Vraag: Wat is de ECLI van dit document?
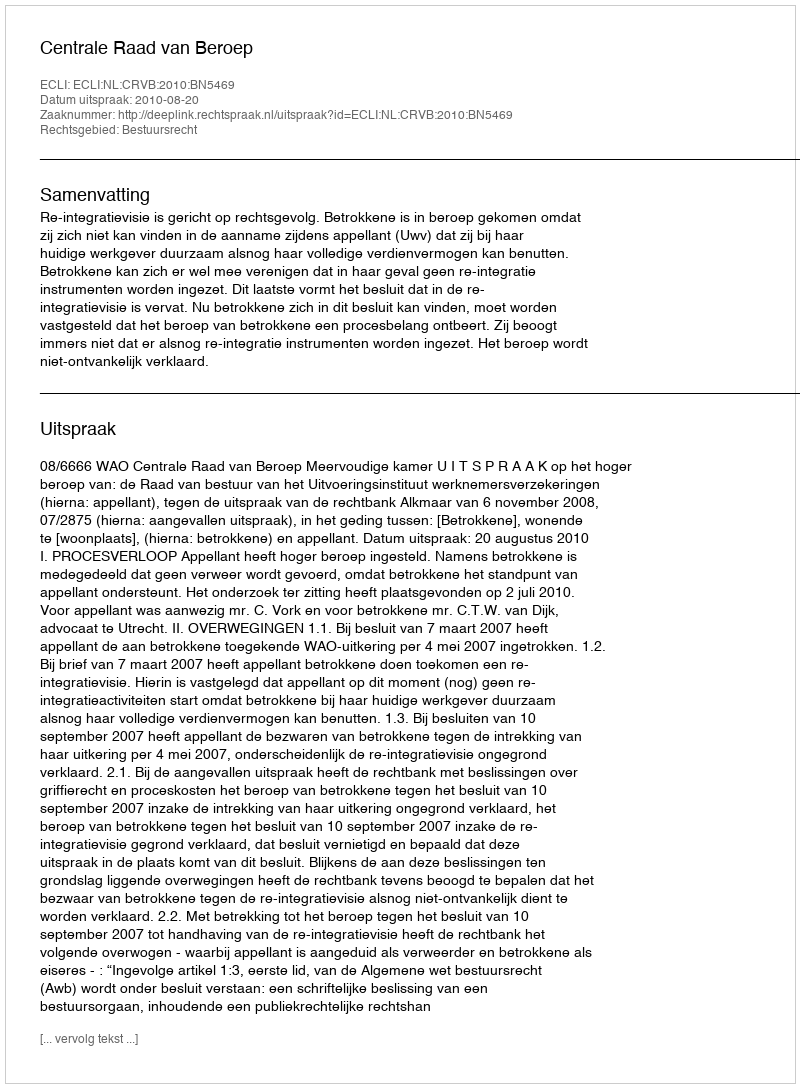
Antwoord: ECLI:NL:CRVB:2010:BN5469